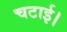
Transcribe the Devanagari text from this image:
चटाई।